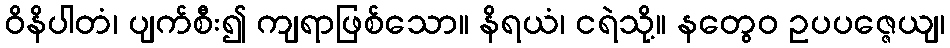
ဝိနိပါတံ၊ ပျက်စီး၍ ကျရာဖြစ်သော။ နိရယံ၊ ငရဲသို့။ နတွေဝ ဥပပဇ္ဇေယျ၊